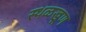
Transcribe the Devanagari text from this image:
स्थळखूण